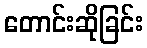
တောင်းဆိုခြင်း